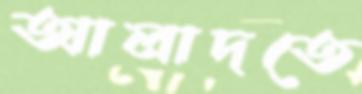
আলাদতে